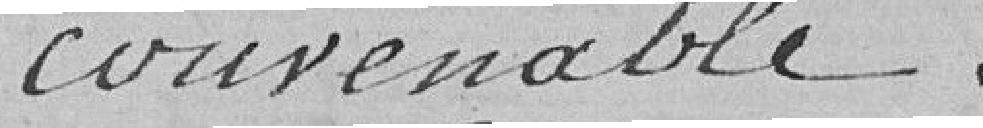
convenable.